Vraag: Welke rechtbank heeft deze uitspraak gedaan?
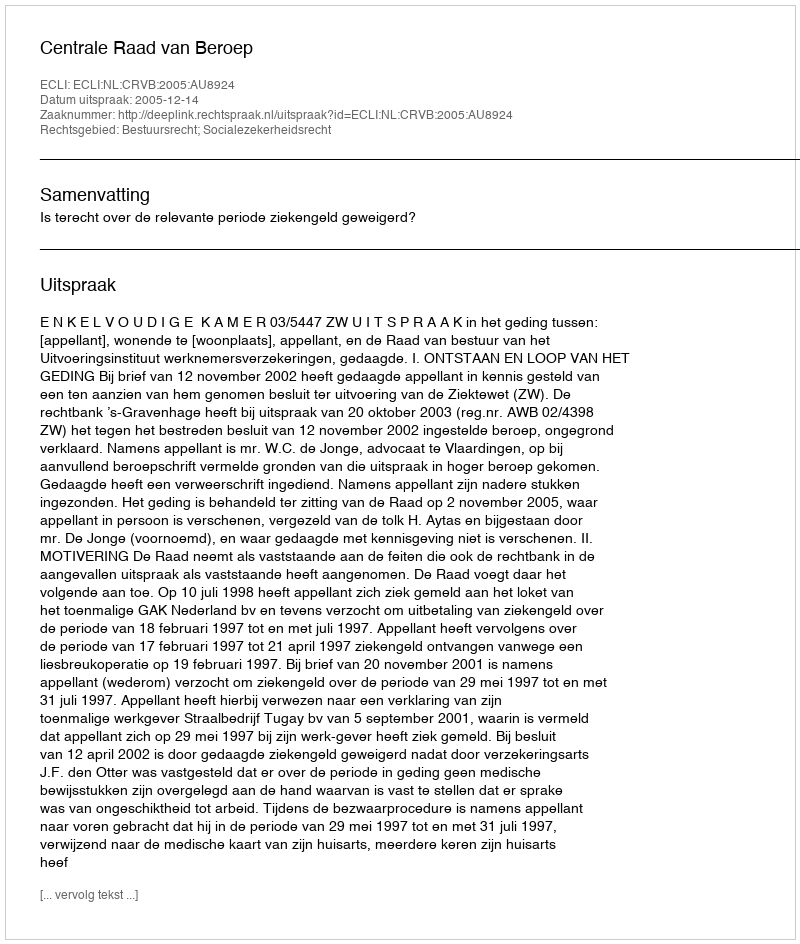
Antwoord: Centrale Raad van Beroep